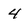
Character: 4